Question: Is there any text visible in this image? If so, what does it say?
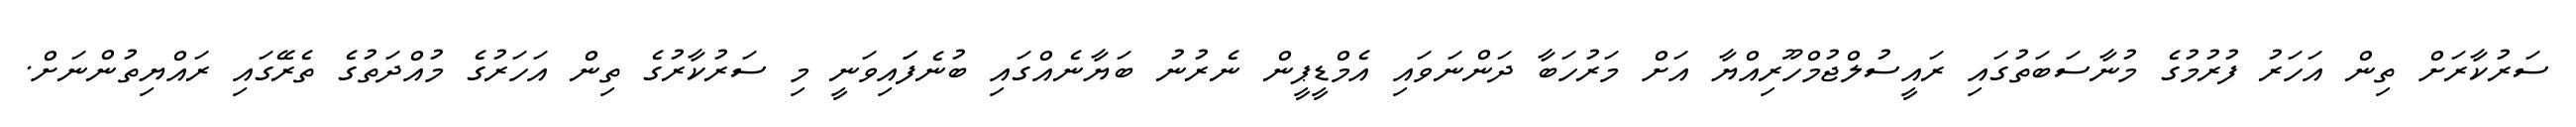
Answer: ސަރުކާރަށް ތިން އަހަރު ފުރުމުގެ މުނާސަބަތުގައި ރައީސުލްޖުމްހޫރިއްޔާ އަށް މަރުހަބާ ދަންނަވައި އެމްޑީޕީން ނެރުނު ބަޔާނެއްގައި ބުނެފަައިވަނީ މި ސަރުކާރުގެ ތިން އަހަރުގެ މުއްދަތުގެ ތެރޭގައި ރައްޔިތުންނަށް.